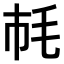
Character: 𣬪